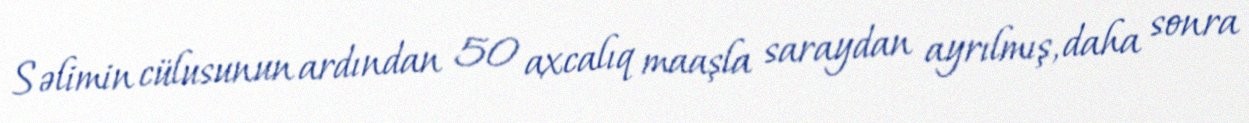
Səlimin cülusunun ardından 50 axcalıq maaşla saraydan ayrılmış, daha sonra